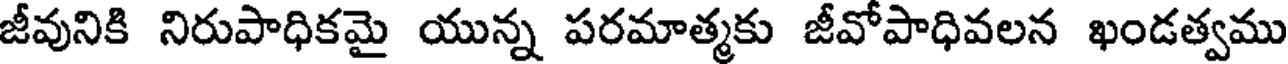
జీవునికి నిరుపాధికమై యున్న పరమాత్మకు జీవోపాధివలన ఖండత్వము